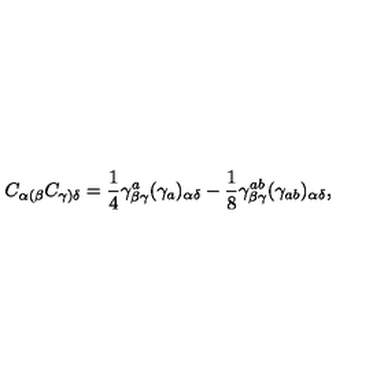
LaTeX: C _ { \alpha ( \beta } C _ { \gamma ) \delta } = { \frac { 1 } { 4 } } \gamma _ { \beta \gamma } ^ { a } ( \gamma _ { a } ) _ { \alpha \delta } - { \frac { 1 } { 8 } } \gamma _ { \beta \gamma } ^ { a b } ( \gamma _ { a b } ) _ { \alpha \delta } ,